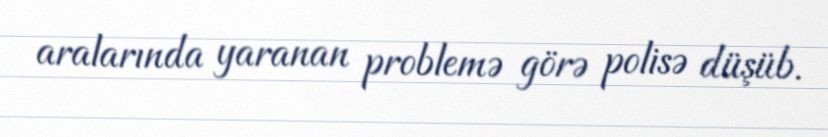
aralarında yaranan problemə görə polisə düşüb.